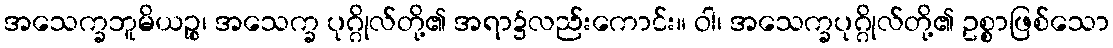
အသေက္ခဘူမိယဉ္စ၊ အသေက္ခ ပုဂ္ဂိုလ်တို့၏ အရာ၌လည်းကောင်း။ ဝါ၊ အသေက္ခပုဂ္ဂိုလ်တို့၏ ဥစ္စာဖြစ်သော